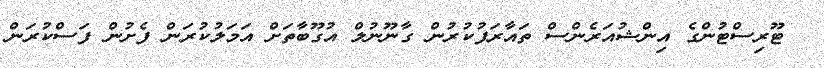
ޓޫރިސްޓުންގެ އިންޝުއަރެންސް ތައާރަފުކުރުން ގާނޫނުލް އުގޫބާތަށް އަމަލުކުރަން ފެށުން ފަސްކުރަން